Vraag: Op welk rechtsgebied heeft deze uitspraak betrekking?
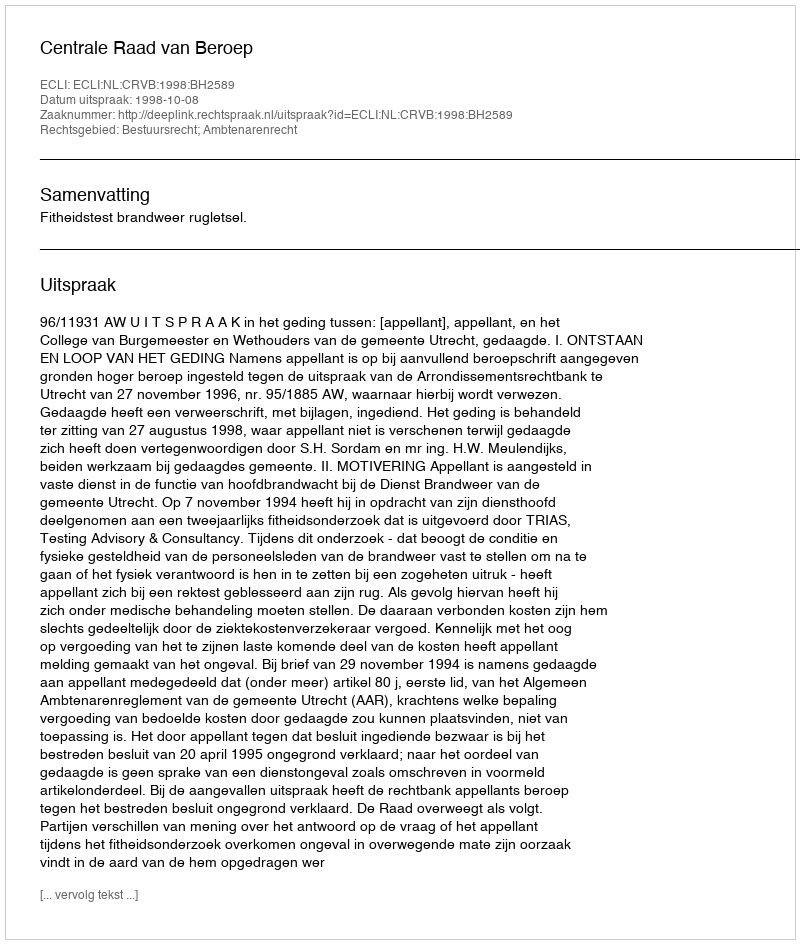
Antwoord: Bestuursrecht; Ambtenarenrecht